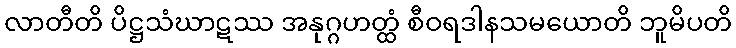
လာတီတိ ပိဋ္ဌသံဃာဋဿ အနုဂ္ဂဟတ္ထံ စီဝရဒါနသမယောတိ ဘူမိပတိ